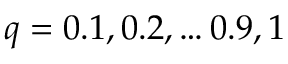
q = 0 . 1 , 0 . 2 , \ldots 0 . 9 , 1